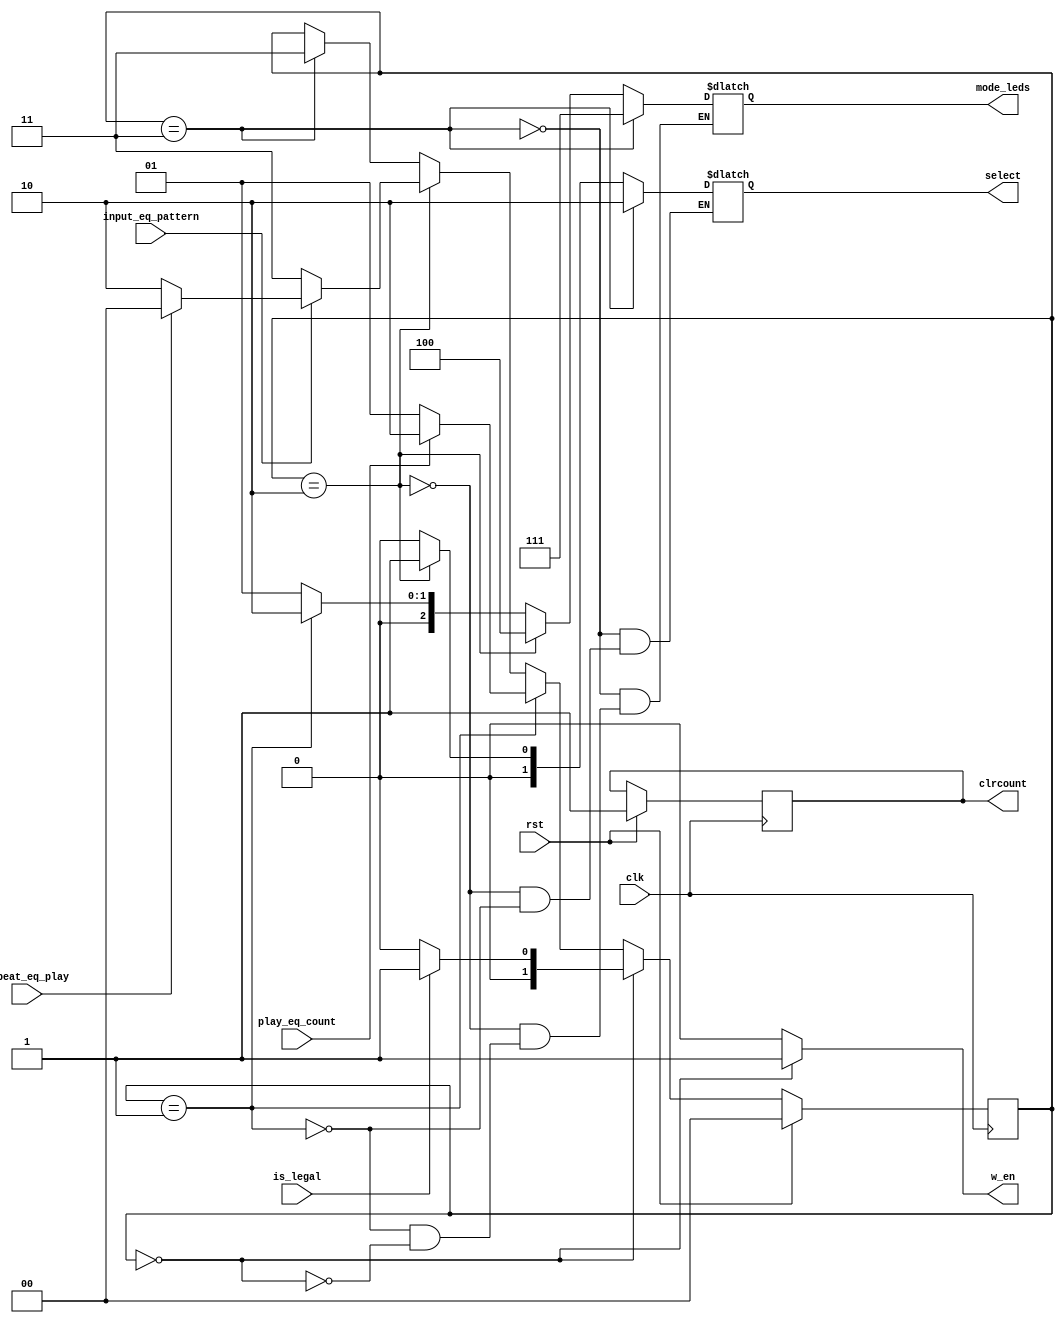
module SimonControl(
	// External Inputs
	input        clk,           // Clock
	input        rst,           // Reset
	// Datapath Inputs
	input is_legal,
	input play_eq_count,
	input repeat_eq_play,
	input input_eq_pattern,

	// Datapath Control Outputs
	output reg [1:0] select,
	output reg clrcount,
	output reg w_en,

	// External Outputs
	output reg [2:0] mode_leds
);

	// Declare Local Vars Here
	reg [1:0] state;
	reg [1:0] next_state;

	// LED Light Parameters
	localparam LED_MODE_INPUT    = 3'b001;
	localparam LED_MODE_PLAYBACK = 3'b010;
	localparam LED_MODE_REPEAT   = 3'b100;
	localparam LED_MODE_DONE     = 3'b111;

	// Declare State Names Here
	localparam INPUT = 2'd0;
	localparam PLAYBACK = 2'd1;
	localparam REPEAT = 2'd2;
	localparam DONE = 2'd3;

	// Output Combinational Logic
	always @( * ) begin
		// Set defaults
		w_en = 0;
		
		// Write your output logic here
		if (state == INPUT) begin
			mode_leds = 3'b001;
			w_en = 1;
		end
		if (state == PLAYBACK) begin
			mode_leds = 3'b010;
			select = 2'b00;
		end
		if (state == REPEAT) begin
			mode_leds = 3'b100;
			select = 2'b01;
		end
		if (state == DONE) begin
			mode_leds = 3'b111;
			select = 2'b10;
		end
	end

	// Next State Combinational Logic
	always @( * ) begin
		next_state = state;
		// Write your Next State Logic Here
		if (state == INPUT) begin
			if (is_legal) next_state = PLAYBACK;
			else next_state = INPUT;
		end
		else if (state == PLAYBACK) begin
			if (play_eq_count) next_state = REPEAT;
			else next_state = PLAYBACK;
		end 
		else if (state == REPEAT) begin
			if (!input_eq_pattern) next_state = DONE;
			else if (repeat_eq_play) next_state = INPUT;
			else next_state = REPEAT;
		end
		else if (state == DONE) 
			next_state = DONE;
	end

	// State Update Sequential Logic
	always @(posedge clk) begin
		if (rst) begin
			// Update state to reset state
			state <= INPUT;
			clrcount = 1;
		end
		else begin
			// Update state to next state
			state <= next_state;
		end
	end

endmodule